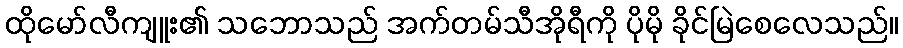
ထိုမော်လီကျူး၏ သဘောသည် အက်တမ်သီအိုရီကို ပိုမို ခိုင်မြဲစေလေသည်။